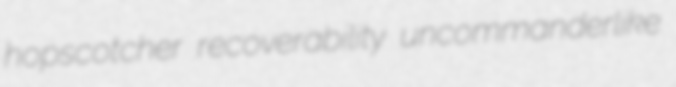
hopscotcher recoverability uncommanderlike